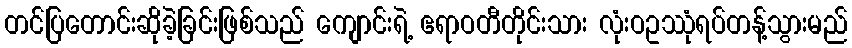
တင်ပြတောင်းဆိုခဲ့ခြင်းဖြစ်သည် ကျောင်းရဲ့ ဧရာဝတီတိုင်းသား လုံးဝဥဿုံရပ်တန့်သွားမည်